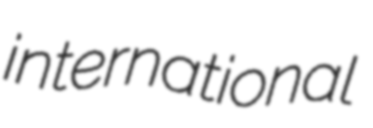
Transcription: international